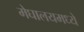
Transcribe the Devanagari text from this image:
मेघालयमध्ये